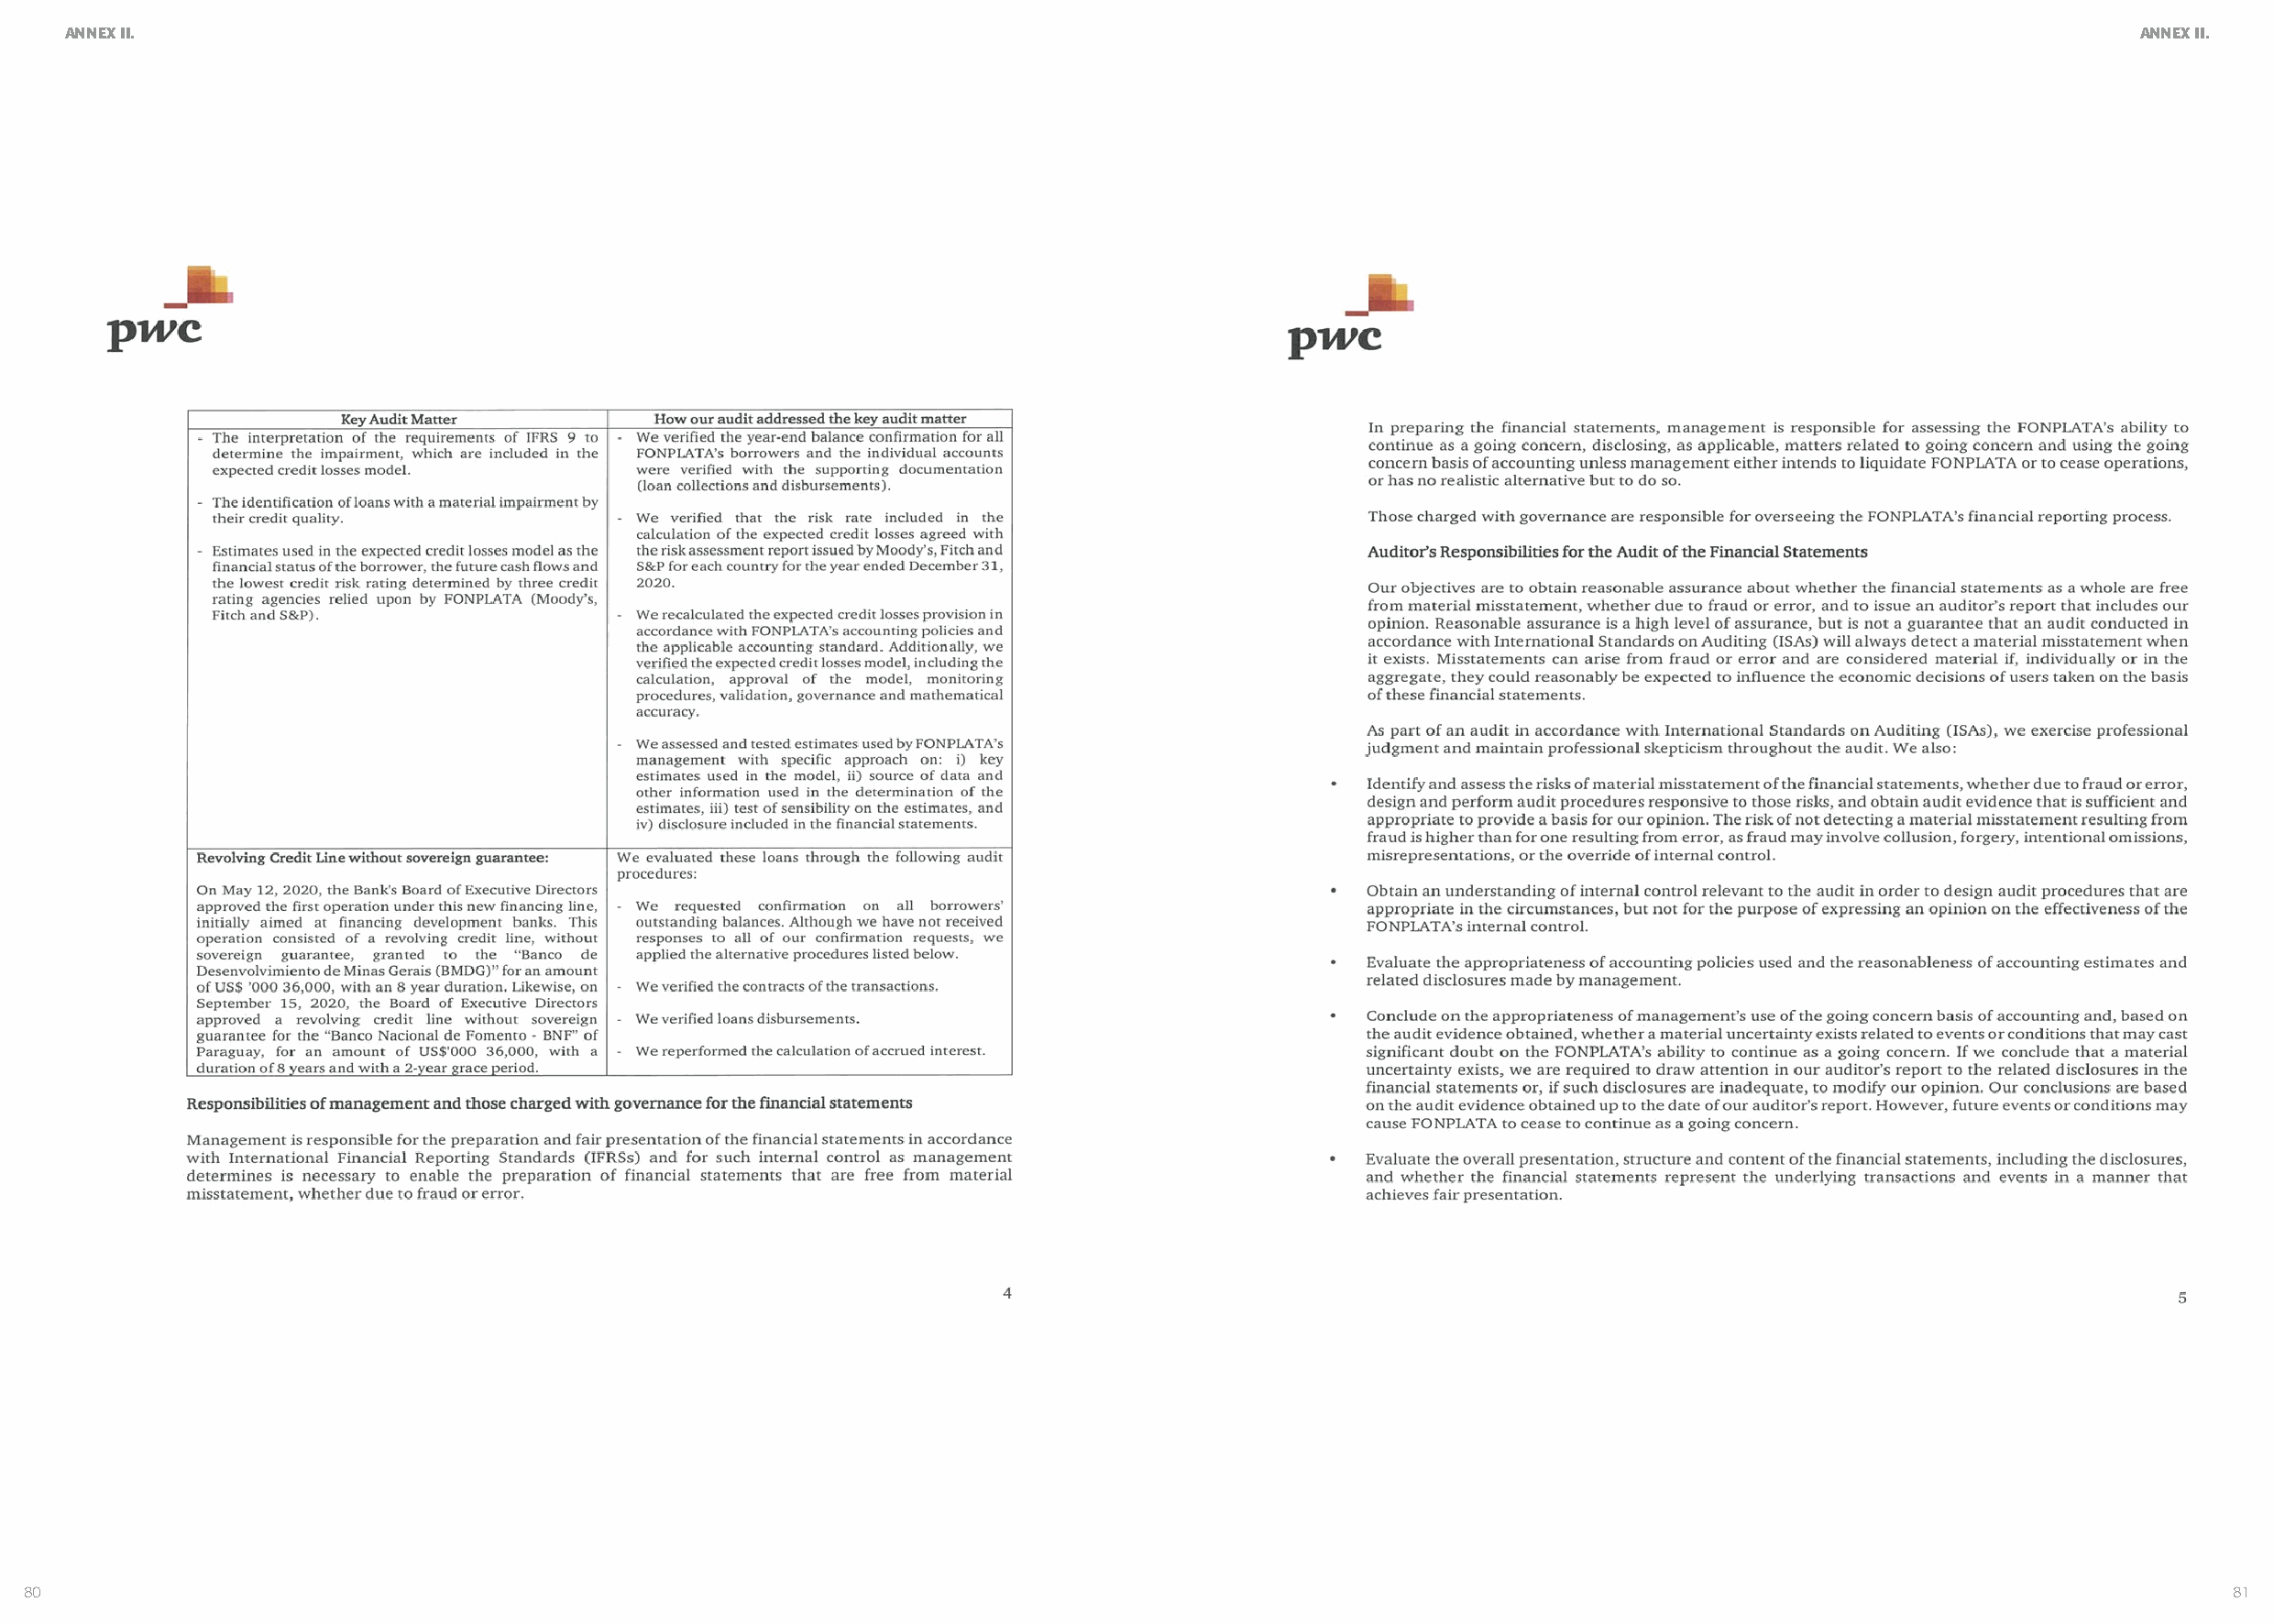
ANNEX II.                                                                                                                                             ANNEX II.
 80                                                                                                                                                             81